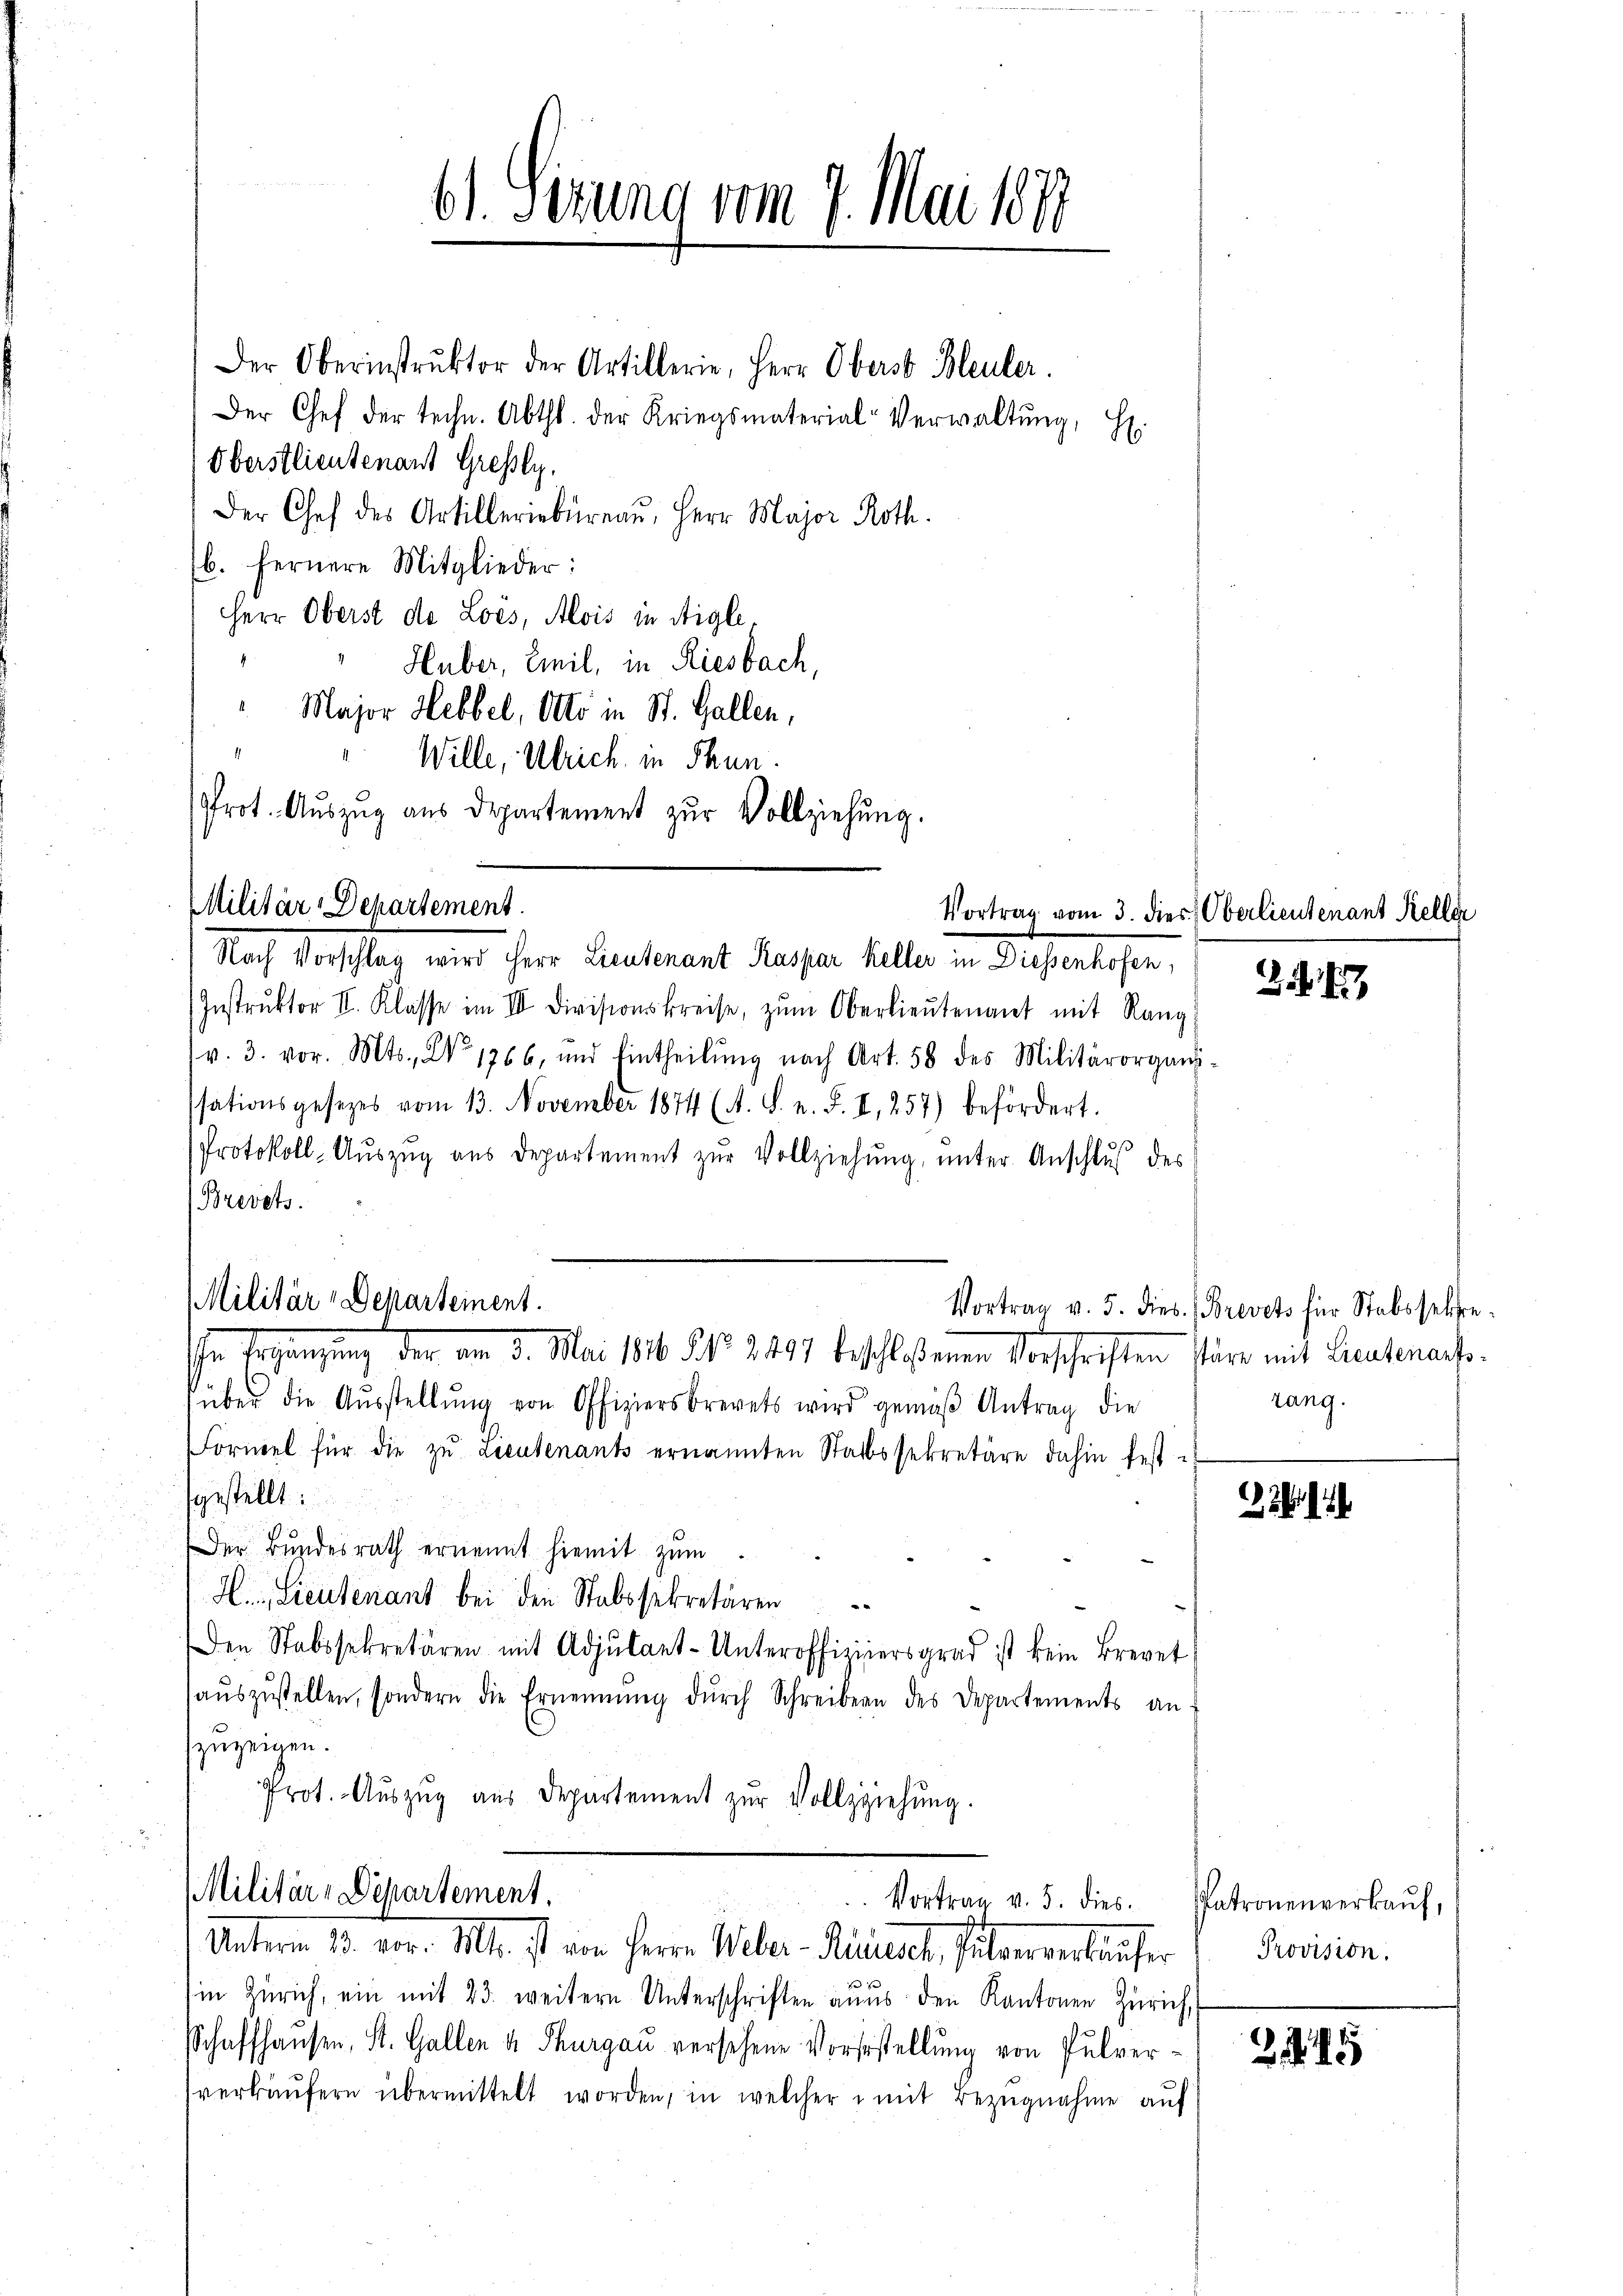
Der Oberinstrŭktor der Artillerie, Herr Oberst Bleuler.
Der Chef der techn. Abth. der Kriegsmaterial-Verwaltŭng, H.
Oberstlieutenant Gresly.
Der Chef des Artilleriebüreaŭ, Herr Major Roth.
b. fernere Mitglieder:
Herr Oberst de Lois, Alois in Aigle¬
4
Huber, Emil, in Riesbach,
" Major Hebbel, Otto in St. Gallen,
Wille, Ulrich in Thun
Prot. Aŭszŭg aŭs Departement zŭr Vollziehŭng.

61. Sirung vom 7. Mai 1878

Militär-Departement.
Nach Vorschlag wird Herr Leutenant Kaspar Keller in Diessenhofen,

Instrŭktor II. Klasse im III Divisionskreise, zŭm Oberlieŭtenant mit Rang
v. 3. vor. Mts., No 1766, und Eintheilŭng nach Art. 58 des Militärorgans-
ssationsgesezes vom 13. November 1874 (A. S. n. F. II, 257) befördert.
Protokoll-Aŭszŭg aŭs departement zŭr Vollziehŭng ŭnter Anschluß des
Brevets.

Militär-Departement.
  das am 3. Mai 1816. N. N. 2497 beschloßenen Vorschriften stäre mit Leutenaufs¬

über die Aŭsstellŭng von Offiziersbrevets wird gemäβ Antrag die
Formel für die zu Lieutenants ernannten Stadtssekretäre dahin fest-
sgestellt:
Der Bundesrath ernennt hiemit zum
H. Lieutenant bei den Stabssekretären
Den Stabssekretären mit Adjutant-Unterofficiersgrad ist kein Brevet:
aŭszŭstellen, sondern die Ernennung dŭrch Schreibern des Departements an:
zuzeigen.
Prot. Aŭszŭg aŭs Departement zŭr Vollziehŭng.

Militär-Departement.
Vortrag v. 5. dies. Patronenverkaŭf,
Unterm 23. vor. Mts. ist von Herrn Weber-Reinsch, Pulververkäufer

in Zürich, ein mit 23. weitere Unterschriften aŭs den Kantonen Zürich,
Schaffhausen, St. Gallen u. Thurgau versehene Vorserstellung von Pulververkäŭfern übermittelt worden, in welcher mit Bezugnahme auf

Vortrag vom 3. dies Oberlieutenant Keller

21

Vortrag v. 5. dies Brevets für Stabssekrerang.

2

215

Provision.